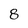
Character: 8